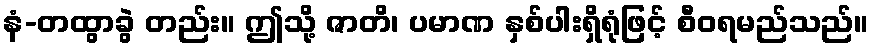
နံ-တထွာခွဲ တည်း။ ဤသို့ ဇာတိ၊ ပမာဏ နှစ်ပါးရှိရုံဖြင့် စီဝရမည်သည်။